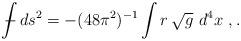
LaTeX: \begin{align*}{\int \!\!\!\!\!\! -} \, ds^{2} = -(48\pi^2)^{-1}\int r \,\sqrt{g} \ d^4 x \ , .\end{align*}